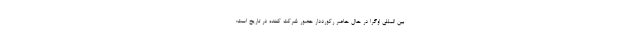
بین المللی اوگرا در حال حاضر رکورددار حضور شرکت کننده در تاریخ است: